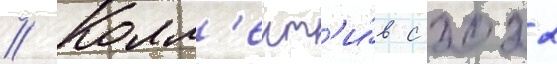
// Колл'ект'и́в с 2022